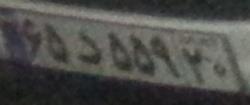
۶۵د۵۵۹۲۰